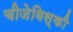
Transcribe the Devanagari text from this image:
चीजेविस्की